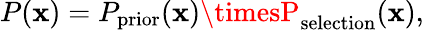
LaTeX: P(\mathbf{x})=P_{\mathrm{{prior}}}(\mathbf{x})\timesP_{\mathrm{{selection}}}(\mathbf{x}),